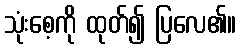
သုံးစေ့ကို ထုတ်၍ ပြလေ၏။